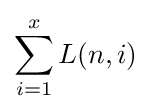
\sum _{i=1}^{x}L(n,i)